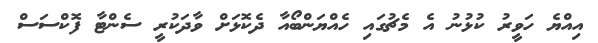
އިއްޔެ ހަވީރު ކުޅުނު އެ މެޗުގައި ހެއްޔަންބޯއާ ދެކޮޅަށް ވާދަކުރީ ސެންޓާ ފޮކްސަސް